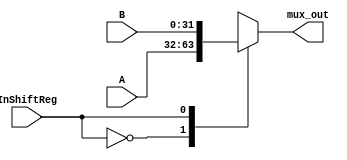
module MuxRegDes1(InShiftReg, B, A, mux_out);
//feito
input InShiftReg;
input [31:0] A;
input [31:0] B;
output reg [31:0] mux_out;

always @ (InShiftReg)
begin

case(InShiftReg)
1'd0:mux_out <= A;
1'd1:mux_out <= B;
endcase

end
endmodule